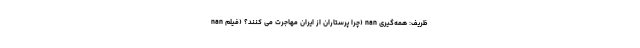
nan چرا پرستاران از ایران مهاجرت می کنند؟ (فیلم) nan ظریف: همه‌گیری